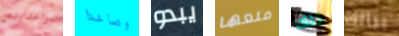
تواعدينه وصاعدا يبدو منعها ذلك ببالك